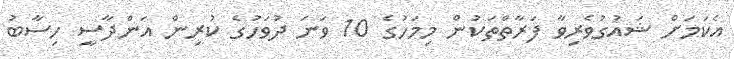
އެކަމަށް ޝައުގުވެރިވާ ފަރާތްތަކުން މިމަހުގެ 10 ވަނަ ދުވަހުގެ ކުރިން އަންދާސީ ހިސާބު